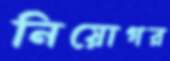
নিয়োগর